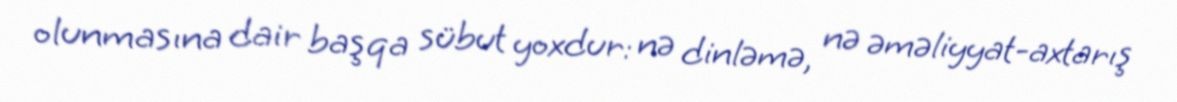
olunmasına dair başqa sübut yoxdur: nə dinləmə, nə əməliyyat-axtarış